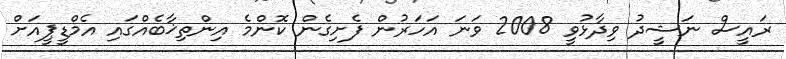
ރައީސް ނަޝީދު ވިދާޅުވީ 2008 ވަނަ އަހަރުން ފެށިގެން ކޮންމެ އިންތިޚާބެއްގައި އެމްޑީޕީއަށް